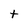
Character: t